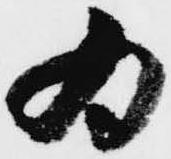
為